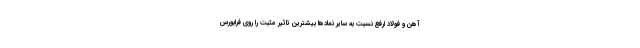
آهن و فولاد ارفع نسبت به سایر نمادها بیشترین تاثیر مثبت را روی فرابورس